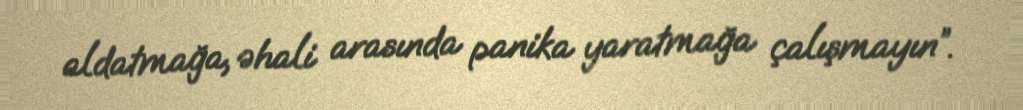
aldatmağa, əhali arasında panika yaratmağa çalışmayın”.